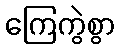
ကြေကွဲစွာ